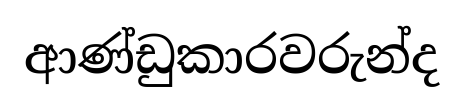
ආණ්ඩුකාරවරුන්ද